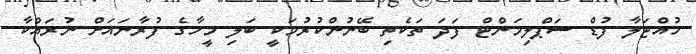
ހުއްޓަލާ ފުޑް ސަޕްލިމަންޓް ފަދަ ތަކެތި ބޭނުންކުރުމަކީ ބަލި މީހާގެ ފުރާނައަށް ނުރައްކާ